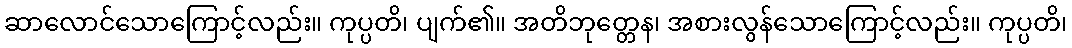
ဆာလောင်သောကြောင့်လည်း။ ကုပ္ပတိ၊ ပျက်၏။ အတိဘုတ္တေန၊ အစားလွန်သောကြောင့်လည်း။ ကုပ္ပတိ၊